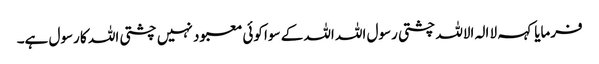
فرمایا کہہ لا الہ الاللہ چشتی رسول اللہ اللہ کے سوا کوئی معبود نہیں چشتی اللہ کا رسول ہے۔